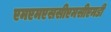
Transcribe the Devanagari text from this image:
एमएमएससीएमसीएमडी